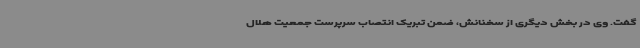
گفت. وی در بخش دیگری از سخنانش، ضمن تبریک انتصاب سرپرست جمعیت هلال